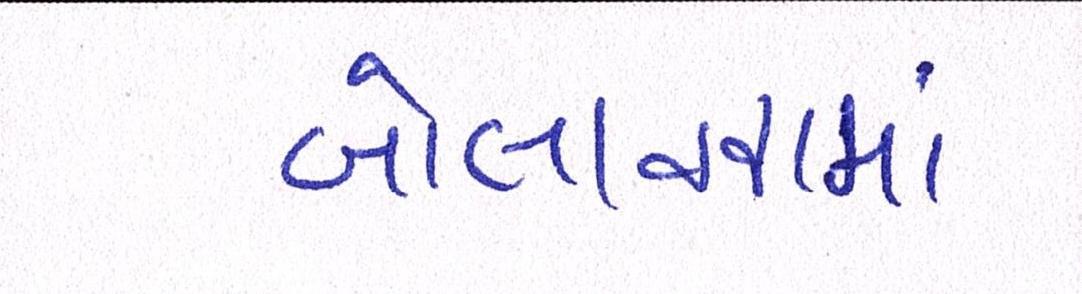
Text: બોલાવવામાં